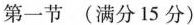
第一节(满分15分)